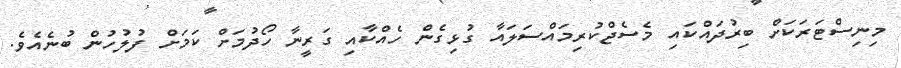
މިނިސްޓަރަކަށް ބިރުދައްކައި މެސެޖްކުރިމައްސަލައާ ގުޅިގެން ހެއްކާއި ގަރީނާ ހޯދުމަށް ކަމަށް ފުލުހުން ބުނެއެވެ.